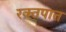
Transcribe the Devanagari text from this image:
रक्‍तपात